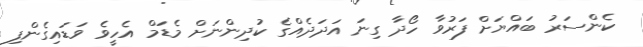
ކެންސަރު ބައްޔަށް ފަރުވާ ހޯދާ ގިނަ އަދަދެއްގެ ކުދިންނަށް މެޑަމް އެހީވެ ވަޑައިގެންފި